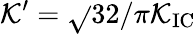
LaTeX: \mathcal{K}^{\prime}=\sqrt{}{{32/\pi}}\mathcal{K}_{\mathrm{{IC}}}